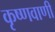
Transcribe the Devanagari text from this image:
कृष्णवाणी